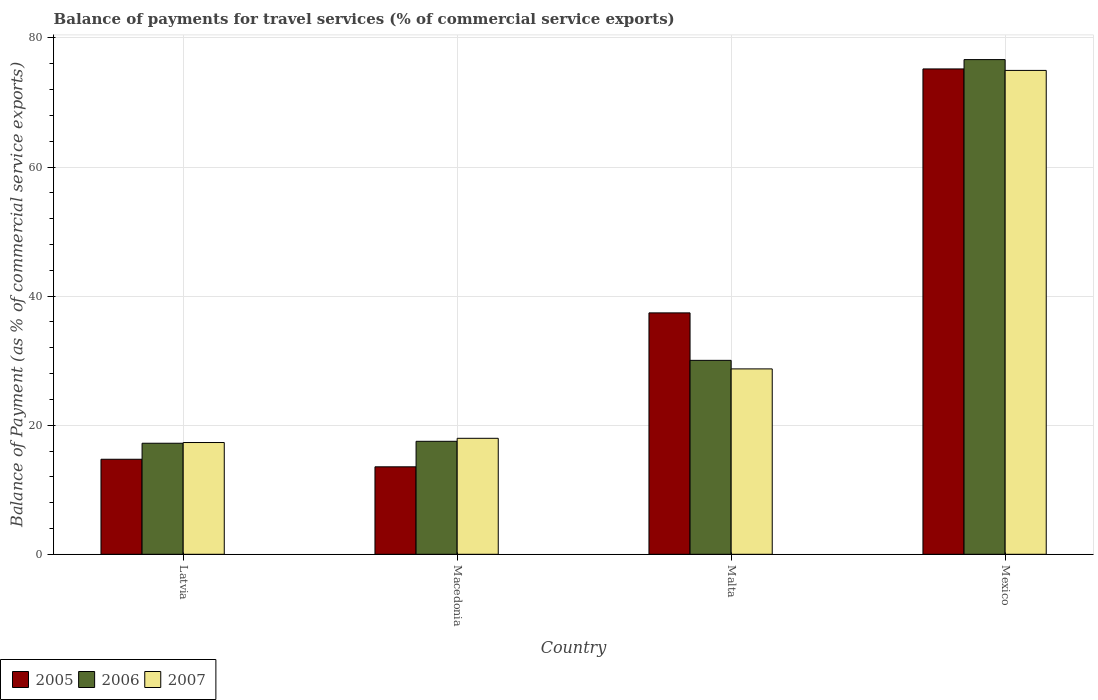
| Country | 2005 | 2006 | 2007 |
 | --- | --- | --- | --- |
 | Latvia | 14.7 | 17.2 | 17.3 |
 | Macedonia | 13.6 | 17.5 | 18 |
 | Malta | 37.4 | 30 | 28.7 |
 | Mexico | 75.2 | 76.6 | 75 |